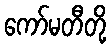
ကော်မတီတို့